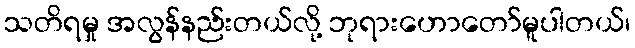
သတိရမှု အလွန်နည်းတယ်လို့ ဘုရားဟောတော်မူပါတယ်၊